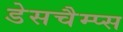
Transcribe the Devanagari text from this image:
डेसचैम्प्स